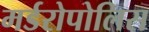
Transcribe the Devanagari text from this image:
मर्डरोपोलिस